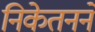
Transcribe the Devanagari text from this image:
निकेतनने